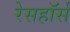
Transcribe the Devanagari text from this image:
रेसहॉर्स